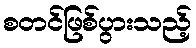
စတင်ဖြစ်ပွားသည့်